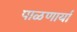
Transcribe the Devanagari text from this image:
पाळणार्या